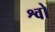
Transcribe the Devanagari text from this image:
श्वो